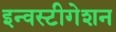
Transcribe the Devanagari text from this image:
इन्वस्टीगेशन